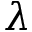
\boldsymbol { \lambda }